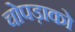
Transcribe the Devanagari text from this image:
चोपड़ाको